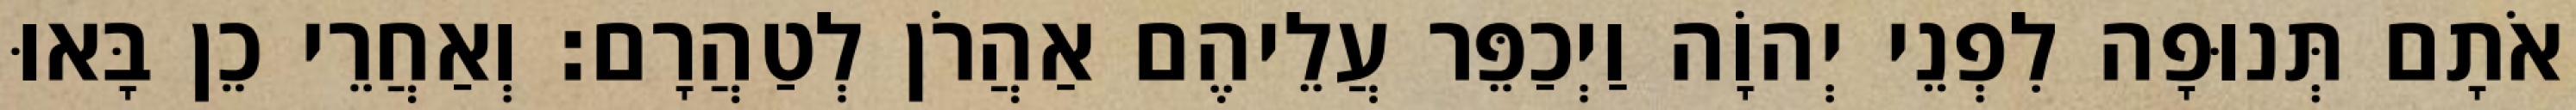
אֹתָם תְּנוּפָה לִפְנֵי יְהוָֹה וַיְכַפֵּר עֲלֵיהֶם אַהֲרֹן לְטַהֲרָם׃ וְאַחֲרֵי כֵן בָּאוּ